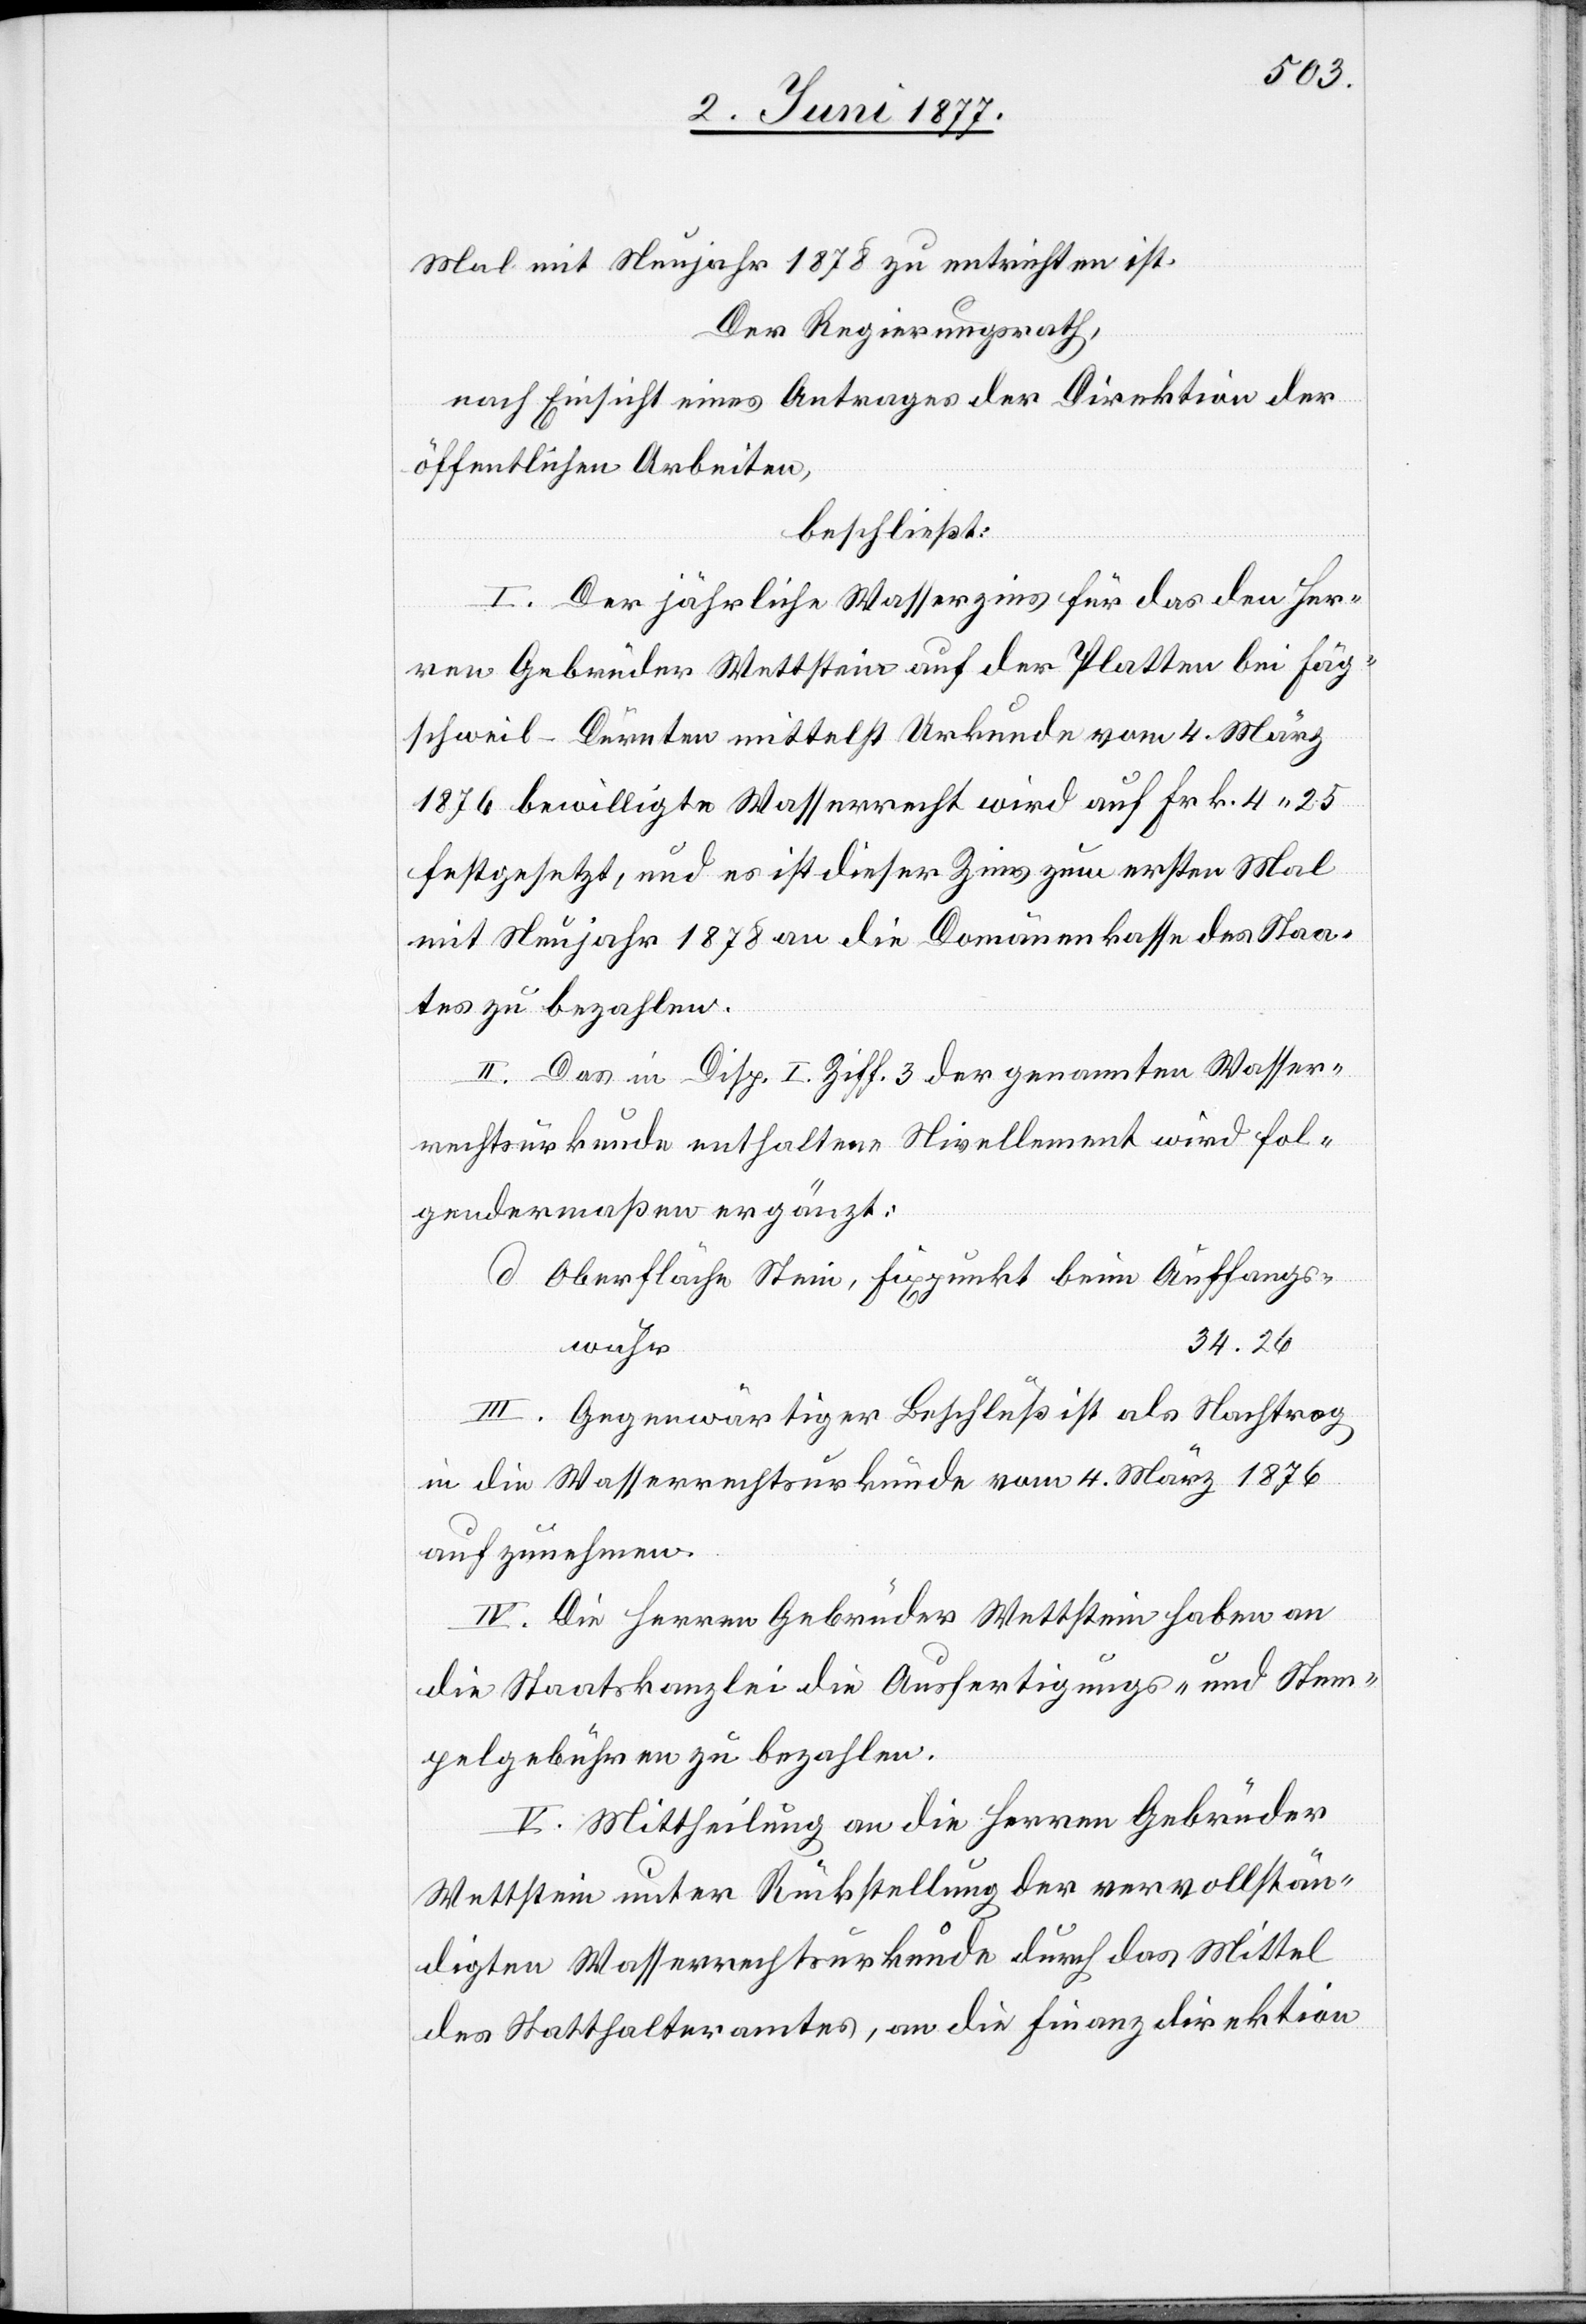
Mal mit Neujahr 1878 zu entrichten ist.
Der Regierungsrath,
nach Einsicht eines Antrages der Direktion der
öffentlichen Arbeiten,
beschließt:
I. Der jährliche Wasserzins für das den Her¬
ren Gebrüder Wettstein auf der Platten bei Fäg¬
schweil - Dürnten mittelst Urkunde vom 4. März
1876 bewilligte Wasserrecht wird auf Frk. 4 25
festgesetzt, und es ist dieser Zins zum ersten Mal
mit Neujahr 1878 an die Domänenkasse des Staa¬
tes zu bezahlen.
II. Das in Disp. I. Ziff. 3 der genannten Wasser¬
rechtsurkunde enthaltene Nivellement wird fol¬
gendermaßen ergänzt:
d. Oberfläche Stein, Fixpunkt beim Auffangs¬
34.26
wuhr
III. Gegenwärtiger Beschluß ist als Nachtrag
in die Wasserrechtsurkunde vom 4. März 1876
aufzunehmen.
IV. Die Herren Gebrüder Wettstein haben an
die Staatskanzlei die Ausfertigungs- und Stem¬
pelgebühren zu bezahlen.
V. Mittheilung an die Herren Gebrüder
Wettstein unter Rückstellung der vervollstän¬
digten Wasserrechtsurkunde durch das Mittel
des Statthalteramtes, an die Finanzdirektion